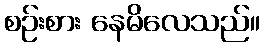
စဉ်းစား နေမိလေသည်။